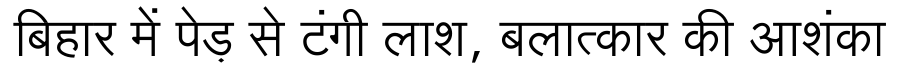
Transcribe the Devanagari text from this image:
बिहार में पेड़ से टंगी लाश, बलात्कार की आशंका